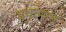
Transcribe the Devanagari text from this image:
पयत्नात